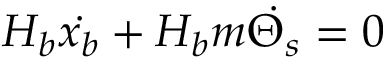
\centering H _ { b } \Dot { x _ { b } } + H _ { b } m \Dot { \Theta _ { s } } = 0 \centering